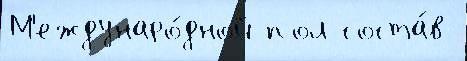
М'еждунаро́дной пол соста́в